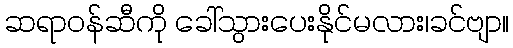
ဆရာဝန်ဆီကို ခေါ်သွားပေးနိုင်မလား၊ခင်ဗျာ။